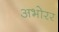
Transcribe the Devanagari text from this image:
अभोरर